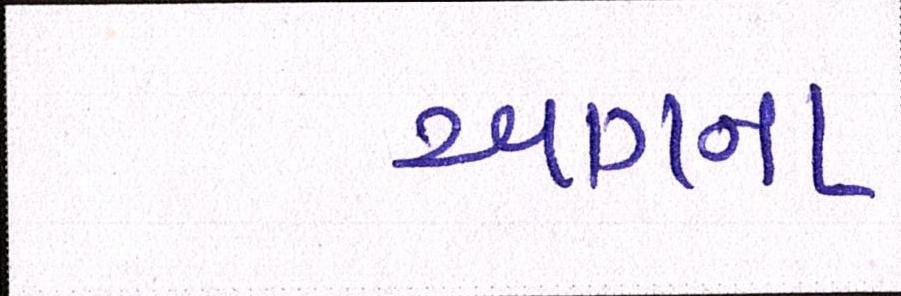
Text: આગના